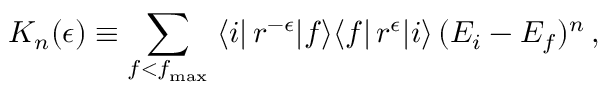
K _ { n } ( \epsilon ) \equiv \sum _ { f < f _ { \mathrm { m a x } } } \; \langle i | \, r ^ { - \epsilon } | f \rangle \langle f | \, r ^ { \epsilon } | i \rangle \, ( E _ { i } - E _ { f } ) ^ { n } \, ,